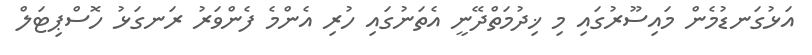
އަޅުގަނޑުމެން މައިސޫރުގައި މި ޚިދުމަތްދޭނީ އެތަނުގައި ހުރި އެންމެ ފެންވަރު ރަނގަޅު ހޮސްޕިޓަލް